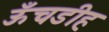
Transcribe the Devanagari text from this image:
ऊँचडीह